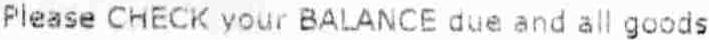
PLEASE CHECK YOUR BALANCE DUE AND ALL GOODS